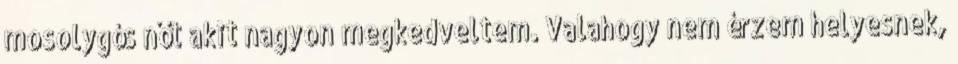
mosolygós nőt akit nagyon megkedveltem. Valahogy nem érzem helyesnek,